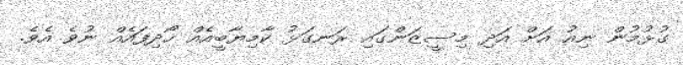
ގުޅުމުން ނިއު އަށް އަދި މިސީޒަންގައި ރަނގަޅު ކާމިޔާބީއެއް ހޯދިފައެއް ނުވެ އެވެ.